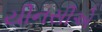
યીનસીએ